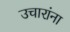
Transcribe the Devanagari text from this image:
उचारांना